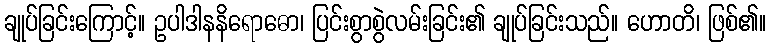
ချုပ်ခြင်းကြောင့်။ ဥပါဒါနနိရောဓော၊ ပြင်းစွာစွဲလမ်းခြင်း၏ ချုပ်ခြင်းသည်။ ဟောတိ၊ ဖြစ်၏။